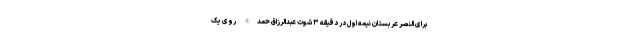
برای النصر عربستان نیمه اول در دقیقه ۳ شوت عبدالرزاق حمدالله روی یک